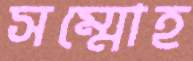
সম্মোহ